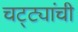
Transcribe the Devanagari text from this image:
चट्ट्यांची